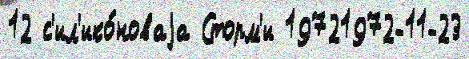
12 с'ил'ико́новаjа Сторм'и 19721972-11-23